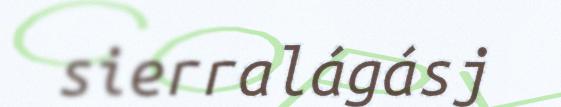
sierralágásj